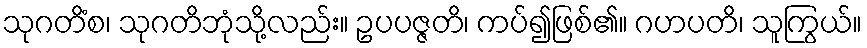
သုဂတိံစ၊ သုဂတိဘုံသို့လည်း။ ဥပပဇ္ဇတိ၊ ကပ်၍ဖြစ်၏။ ဂဟပတိ၊ သူကြွယ်။